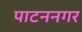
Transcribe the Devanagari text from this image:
पाटननगर